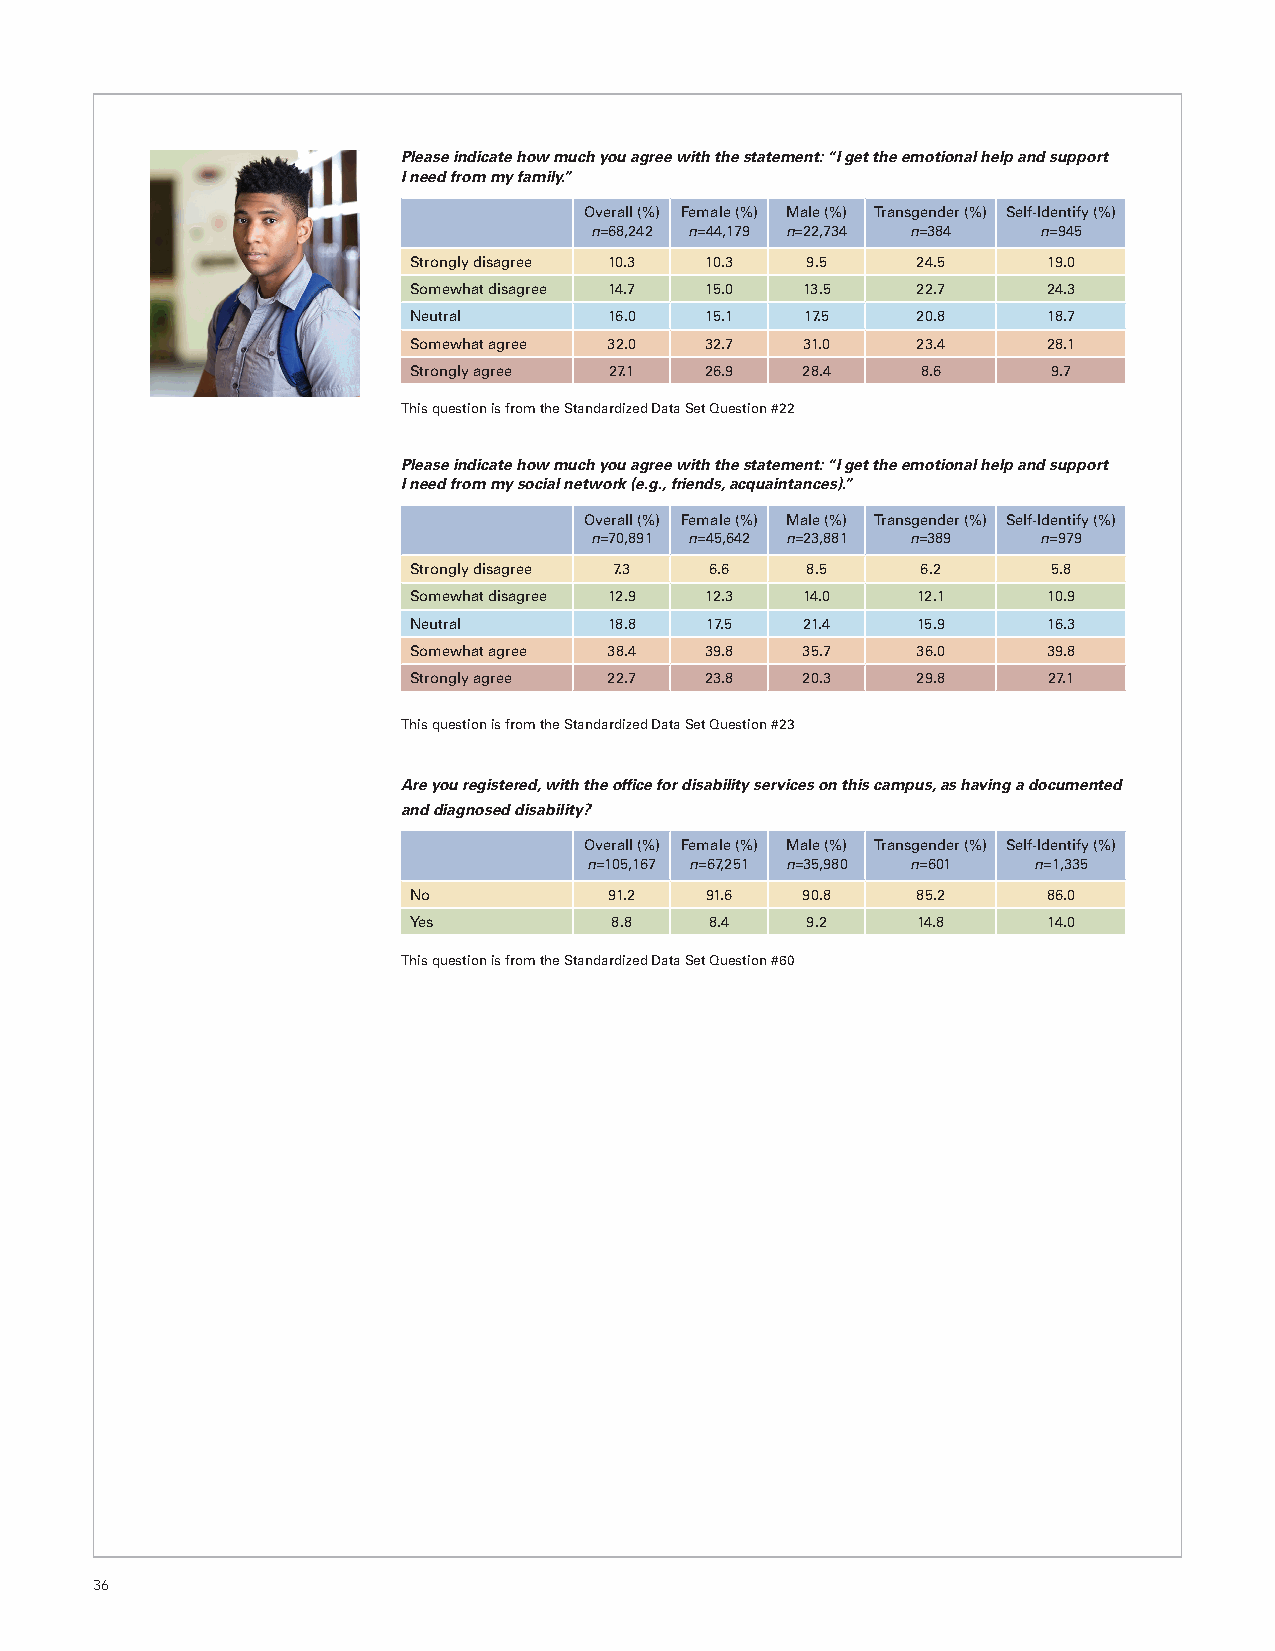
Please indicate how much you agree with the statement: “I get the emotional help and support
 I need from my family.”
 Overall (%) Female (%) Male (%) Transgender (%) Self-Identify (%)
 n=68,242 n=44,179 n=22,734 n=384 n=945
 Strongly disagree 10.3 10.3 9.5   24.5    19.0
 Somewhat disagree 14.7 15.0 13.5  22.7    24.3
 Neutral      16.0   15.1  17.5    20.8    18.7
 Somewhat agree 32.0 32.7  31.0    23.4    28.1
 Strongly agree 27.1 26.9  28.4    8.6      9.7
 This question is from the Standardized Data Set Question #22
 Please indicate how much you agree with the statement: “I get the emotional help and support
 I need from my social network (e.g., friends, acquaintances).”
 Overall (%) Female (%) Male (%) Transgender (%) Self-Identify (%)
 n=70,891 n=45,642 n=23,881 n=389 n=979
 Strongly disagree 7.3 6.6 8.5     6.2      5.8
 Somewhat disagree 12.9 12.3 14.0  12.1    10.9
 Neutral      18.8   17.5  21.4    15.9    16.3
 Somewhat agree 38.4 39.8  35.7    36.0    39.8
 Strongly agree 22.7 23.8  20.3    29.8    27.1
 This question is from the Standardized Data Set Question #23
 Are you registered, with the office for disability services on this campus, as having a documented
 and diagnosed disability?
 Overall (%) Female (%) Male (%) Transgender (%) Self-Identify (%)
 n=105,167 n=67,251 n=35,980 n=601 n=1,335
 No           91.2   91.6  90.8    85.2    86.0
 Yes          8.8    8.4   9.2     14.8    14.0
 This question is from the Standardized Data Set Question #60
 36